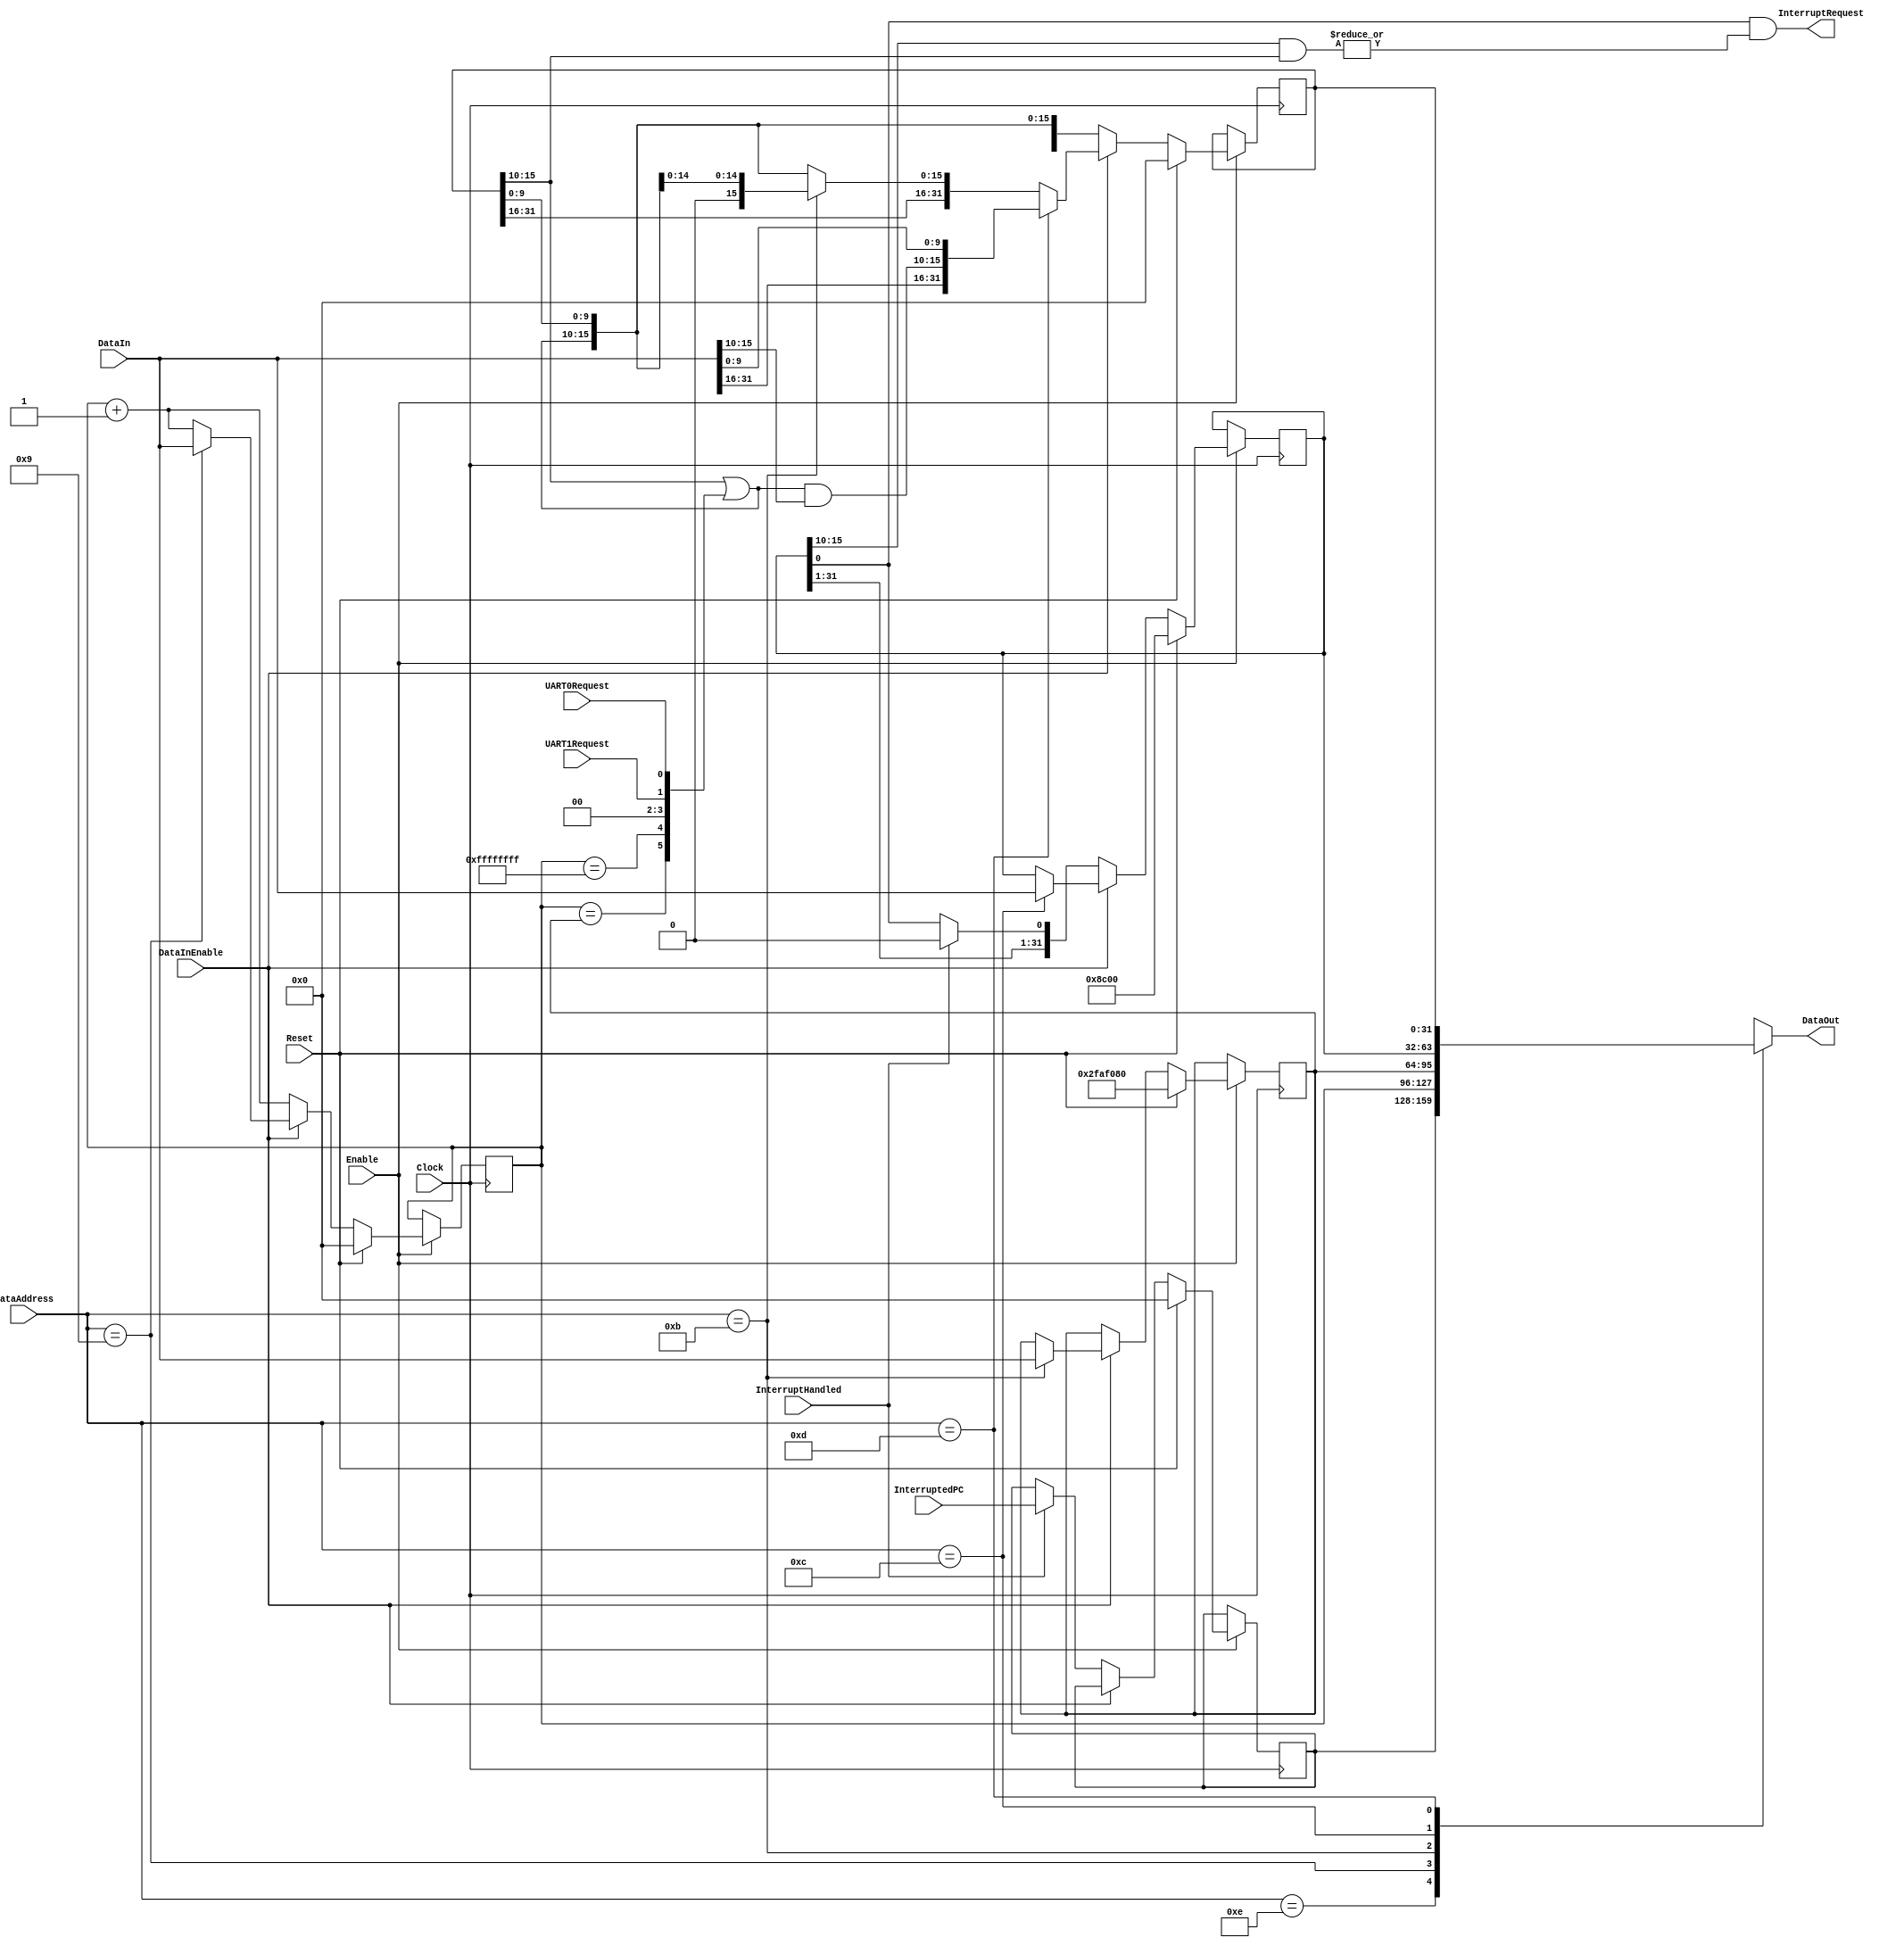
module COP0150(
    Clock,
    Enable,
    Reset,

    DataAddress,
    DataOut,
    DataInEnable,
    DataIn,

    InterruptedPC,
    InterruptHandled,
    InterruptRequest,

    UART0Request,
    UART1Request
);

input                           Clock;
input                           Enable;
input                           Reset;

input       [4:0]               DataAddress;
output      [31:0]              DataOut;
input                           DataInEnable;
input       [31:0]              DataIn;

input       [31:0]              InterruptedPC;
input                           InterruptHandled;
output                          InterruptRequest;

input                           UART0Request;
input                           UART1Request;


wire                            firetimer;
wire        [5:0]               interrupts;


reg         [31:0]              dataout;

reg         [31:0]              epc;
reg         [31:0]              count;
reg         [31:0]              compare;
reg         [31:0]              status;
reg         [31:0]              cause;

wire        [5:0]               ip;
wire        [5:0]               im;
wire                            ie;

wire        [5:0]               next_ip;


assign DataOut          = dataout;
assign InterruptRequest = ie & |(im & ip);

assign firetimer        = (count == compare);
assign firertc          = (count == 32'hFFFF_FFFF);
assign interrupts       = {firetimer, firertc, 2'b00, UART1Request, UART0Request};

assign ip               = cause[15:10];
assign im               = status[15:10];
assign ie               = status[0];

assign next_ip          = ip | interrupts;

always@(*) begin
    case(DataAddress)
        5'hE:       dataout <= epc;
        5'h9:       dataout <= count;
        5'hB:       dataout <= compare;
        5'hC:       dataout <= status;
        5'hD:       dataout <= cause;
        default:    dataout <= 32'bx;
    endcase
end

always@(posedge Clock) begin
    if(Enable) begin
        if(Reset) begin
            epc     <= 32'b0;
            count   <= 32'b0;
            compare <= 32'h02FAF080; //FFFF
            status  <= 32'h00008c00;
            cause   <= 32'b0;
        end else begin
            if(DataInEnable) begin
                epc     <= epc;
                count   <= DataAddress == 5'h9 ? DataIn : count + 1;
                compare <= DataAddress == 5'hB ? DataIn : compare;
                status  <= DataAddress == 5'hC ? DataIn : status;
                cause   <= DataAddress == 5'hD ? {DataIn[31:16], next_ip & DataIn[15:10], DataIn[9:0]}
                         : DataAddress == 5'hB ? {cause[31:16], 1'b0, next_ip[4:0], cause[9:0]}
                         :                       {cause[31:16], next_ip, cause[9:0]};
            end else if(InterruptHandled) begin
                epc     <= InterruptedPC;
                count   <= count + 1;
                compare <= compare;
                status  <= {status[31:1], 1'b0};
                cause   <= {cause[31:16], next_ip, cause[9:0]};
            end else begin
                epc     <= epc;
                count   <= count + 1;
                compare <= compare;
                status  <= status;
                cause   <= {cause[31:16], next_ip, cause[9:0]};
            end
        end
    end
end

endmodule